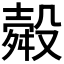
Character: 𭮽